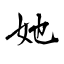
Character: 她